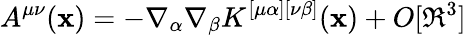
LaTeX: A^{\mu\nu}(\mathbf{x})=-\nabla_{\alpha}\nabla_{\beta}K^{[\mu\alpha][\nu\beta]}(\mathbf{x})+O[\Re^{3}]